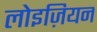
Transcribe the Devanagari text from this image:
लोइज़ियन